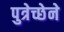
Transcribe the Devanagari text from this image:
पुत्रेच्छेने